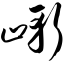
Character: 崭